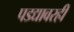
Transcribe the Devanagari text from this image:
पडद्यावरही